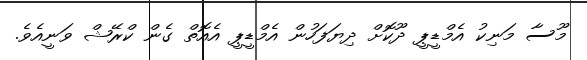
މޫސާ މަނިކު އެމްޑީޕީ ދޫކޮށް ދިޔަފަހުން އެމްޑީޕީ އެއޮތް ގެން ކްރޭޝް ވަނީއެވެ.